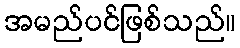
အမည်ပင်ဖြစ်သည်။